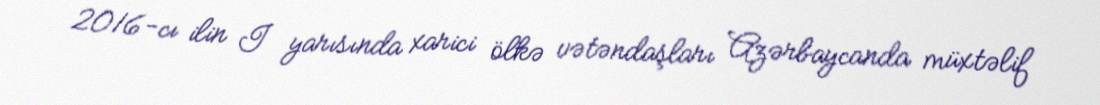
2016-cı ilin I yarısında xarici ölkə vətəndaşları Azərbaycanda müxtəlif